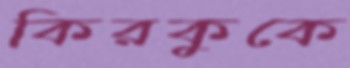
কিরকুকে